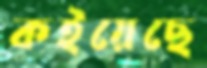
কইয়েছে